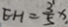
E H = \frac { 3 } { 5 } x